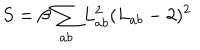
S = \beta \sum _ { a b } L _ { a b } ^ { 2 } ( L _ { a b } - 2 ) ^ { 2 }